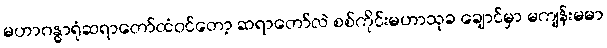
မဟာဂန္ဓာရုံဆရာတော်ထံဝင်တော့ ဆရာတော်လဲ စစ်ကိုင်းမဟာသုခ ချောင်မှာ မကျန်းမမာ